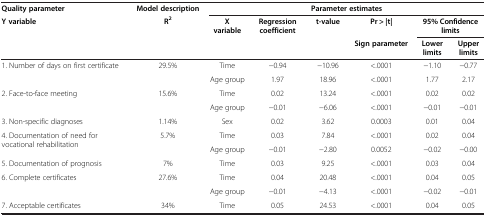
<table><thead><tr><td><b>Quality parameter</b></td><td><b>Model description</b></td><td colspan="6"><b>Parameter estimates</b></td></tr><tr><td><b>Y variable</b></td><td><b>R<sup>2</sup></b></td><td><b>X variable</b></td><td><b>Regression coefficient</b></td><td><b>t-value</b></td><td><b>Pr &gt; |t|</b></td><td colspan="2"><b>95% Confidence limits</b></td></tr><tr><td><b> </b></td><td><b> </b></td><td><b> </b></td><td><b> </b></td><td><b> </b></td><td><b>Sign parameter</b></td><td><b>Lower limits</b></td><td><b>Upper limits</b></td></tr></thead><tbody><tr><td rowspan="2">1. Number of days on first certificate</td><td rowspan="2">29.5%</td><td>Time</td><td>−0.94</td><td>−10.96</td><td>&lt;.0001</td><td>−1.10</td><td>−0.77</td></tr><tr><td>Age group</td><td>1.97</td><td>18.96</td><td>&lt;.0001</td><td>1.77</td><td>2.17</td></tr><tr><td rowspan="2">2. Face-to-face meeting</td><td rowspan="2">15.6%</td><td>Time</td><td>0.02</td><td>13.24</td><td>&lt;.0001</td><td>0.02</td><td>0.02</td></tr><tr><td>Age group</td><td>−0.01</td><td>−6.06</td><td>&lt;.0001</td><td>−0.01</td><td>−0.01</td></tr><tr><td>3. Non-specific diagnoses</td><td>1.14%</td><td>Sex</td><td>0.02</td><td>3.62</td><td>0.0003</td><td>0.01</td><td>0.04</td></tr><tr><td rowspan="2">4. Documentation of need for vocational rehabilitation</td><td rowspan="2">5.7%</td><td>Time</td><td>0.03</td><td>7.84</td><td>&lt;.0001</td><td>0.02</td><td>0.04</td></tr><tr><td>Age group</td><td>−0.01</td><td>−2.80</td><td>0.0052</td><td>−0.02</td><td>−0.00</td></tr><tr><td>5. Documentation of prognosis</td><td>7%</td><td>Time</td><td>0.03</td><td>9.25</td><td>&lt;.0001</td><td>0.03</td><td>0.04</td></tr><tr><td rowspan="2">6. Complete certificates</td><td rowspan="2">27.6%</td><td>Time</td><td>0.04</td><td>20.48</td><td>&lt;.0001</td><td>0.04</td><td>0.05</td></tr><tr><td>Age group</td><td>−0.01</td><td>−4.13</td><td>&lt;.0001</td><td>−0.02</td><td>−0.01</td></tr><tr><td>7. Acceptable certificates</td><td>34%</td><td>Time</td><td>0.05</td><td>24.53</td><td>&lt;.0001</td><td>0.04</td><td>0.05</td></tr></tbody></table>